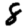
Digit: 8